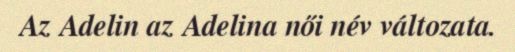
Az Adelin az Adelina női név változata.